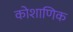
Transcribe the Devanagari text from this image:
कोशाणिक